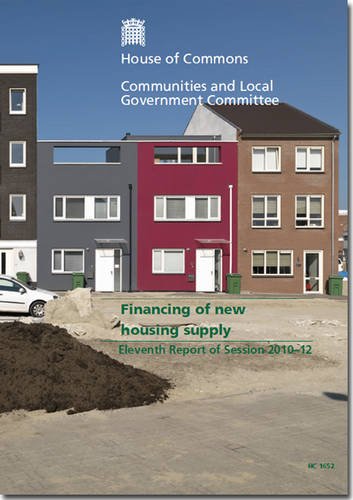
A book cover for Financing of New Housing Supply: Eleventh Report of Session 2010-12 - Report, Together With Formal Minutes, Oral and Written Evidence (House of Commons Papers); Business & Money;